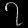
Digit: ၇